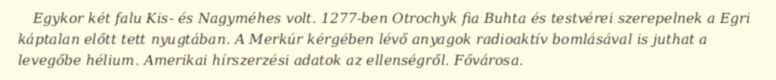
Egykor két falu Kis- és Nagyméhes volt. 1277-ben Otrochyk fia Buhta és testvérei szerepelnek a Egri káptalan előtt tett nyugtában. A Merkúr kérgében lévő anyagok radioaktív bomlásával is juthat a levegőbe hélium. Amerikai hírszerzési adatok az ellenségről. Fővárosa.